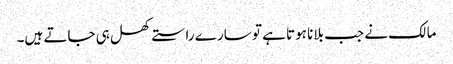
مالک نے جب بلانا ہوتا ہے تو سارے راستے کھل ہی جاتے ہیں۔